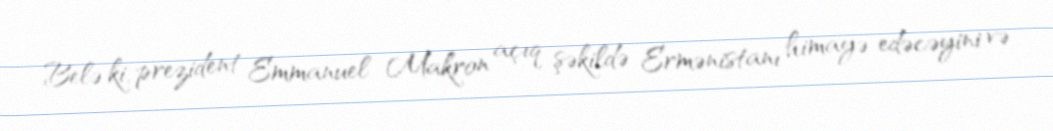
Belə ki, prezident Emmanuel Makron açıq şəkildə Ermənistanı himayə edəcəyini və